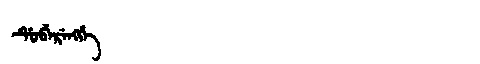
Manchu: ᡩᡠᠪᡝᡵᡝᠩᡤᡝ
Romanization: DUBERENGGE